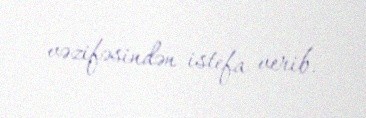
vəzifəsindən istefa verib.